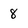
Character: 8